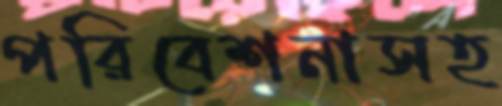
পরিবেশনাসহ